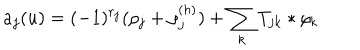
LaTeX: a _ { j } ( u ) = ( - 1 ) ^ { r _ { j } } ( \rho _ { j } + \rho _ { j } ^ { ( h ) } ) + \sum _ { k } T _ { j k } \ast \rho _ { k }